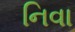
નિવા